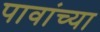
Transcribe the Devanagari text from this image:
पावांच्या